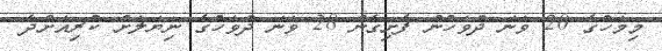
މިމަހުގެ 20 ވަނަ ދުވަހުން ފެށިގެން 28 ވަނަ ދުވަހުގެ ނިޔަލަށް ކުރިއަށްދާ